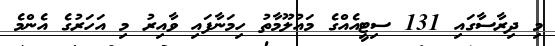
މި ދިރާސާގައި 131 ސިޓީއެއްގެ މައުލޫމާތު ހިމަނާފައި ވާއިރު މި އަހަރުގެ އެންމެ